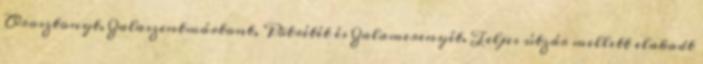
Orosztonyt, Zalaszentmártont, Pötrétét és Zalamerenyét. Teljes útzár mellett elakadt